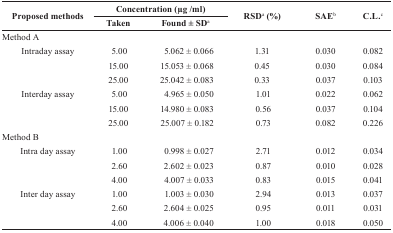
<table><thead><tr><td rowspan="2"><b>Proposed methods</b></td><td colspan="2"><b>Concentration (μg/ml)</b></td><td rowspan="2"><b>RSDa (%)</b></td><td rowspan="2"><b>SAEb</b></td><td rowspan="2"><b>C.L.c</b></td></tr><tr><td><b>Taken</b></td><td><b>Found ± SDa</b></td></tr></thead><tbody><tr><td colspan="6">Method A</td></tr><tr><td rowspan="3">Intraday assay</td><td>5.00</td><td>5.062 ± 0.066</td><td>1.31</td><td>0.030</td><td>0.082</td></tr><tr><td>15.00</td><td>15.053 ± 0.068</td><td>0.45</td><td>0.030</td><td>0.084</td></tr><tr><td>25.00</td><td>25.042 ± 0.083</td><td>0.33</td><td>0.037</td><td>0.103</td></tr><tr><td rowspan="3">Interday assay</td><td>5.00</td><td>4.965 ± 0.050</td><td>1.01</td><td>0.022</td><td>0.062</td></tr><tr><td>15.00</td><td>14.980 ± 0.083</td><td>0.56</td><td>0.037</td><td>0.104</td></tr><tr><td>25.00</td><td>25.007 ± 0.182</td><td>0.73</td><td>0.082</td><td>0.226</td></tr><tr><td colspan="6">Method B</td></tr><tr><td rowspan="3">Intra day assay</td><td>1.00</td><td>0.998 ± 0.027</td><td>2.71</td><td>0.012</td><td>0.034</td></tr><tr><td>2.60</td><td>2.602 ± 0.023</td><td>0.87</td><td>0.010</td><td>0.028</td></tr><tr><td>4.00</td><td>4.007 ± 0.033</td><td>0.83</td><td>0.015</td><td>0.041</td></tr><tr><td rowspan="3">Inter day assay</td><td>1.00</td><td>1.003 ± 0.030</td><td>2.94</td><td>0.013</td><td>0.037</td></tr><tr><td>2.60</td><td>2.604 ± 0.025</td><td>0.95</td><td>0.011</td><td>0.031</td></tr><tr><td>4.00</td><td>4.006 ± 0.040</td><td>1.00</td><td>0.018</td><td>0.050</td></tr></tbody></table>